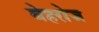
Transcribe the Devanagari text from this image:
बेहरोज